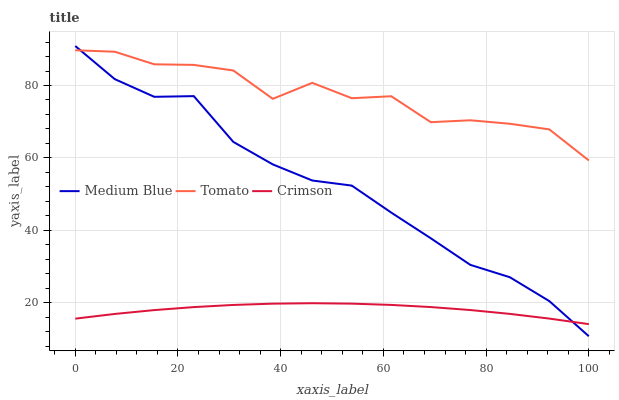
| xaxis_label | Medium Blue | Tomato | Crimson |
 | --- | --- | --- | --- |
 | 0 | 90.9 | 89.7 | 15.6 |
 | 7.69 | 81.8 | 89.3 | 16.9 |
 | 15.4 | 76.9 | 85.9 | 18 |
 | 23.1 | 77.1 | 85.7 | 18.8 |
 | 30.8 | 64.4 | 84.1 | 19.4 |
 | 38.5 | 58.2 | 76.3 | 19.8 |
 | 46.2 | 53.8 | 80.7 | 19.9 |
 | 53.8 | 52.4 | 76.5 | 19.8 |
 | 61.5 | 44.9 | 77 | 19.4 |
 | 69.2 | 37.8 | 69.9 | 18.9 |
 | 76.9 | 30.5 | 70.4 | 18 |
 | 84.6 | 27.1 | 69.4 | 17 |
 | 92.3 | 20.5 | 67.9 | 15.7 |
 | 100 | 10.8 | 59.3 | 14.1 |